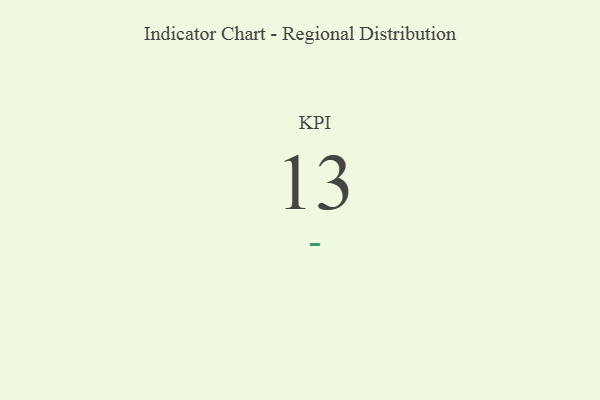
{"axis": {"x": "KPI", "y": "Value"}, "legend": [""], "data": [{"x": "KPI", "y": 13, "type": ""}]}